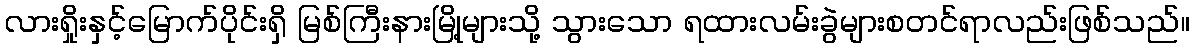
လားရှိုးနှင့်မြောက်ပိုင်းရှိ မြစ်ကြီးနားမြို့များသို့ သွားသော ရထားလမ်းခွဲများစတင်ရာလည်းဖြစ်သည်။